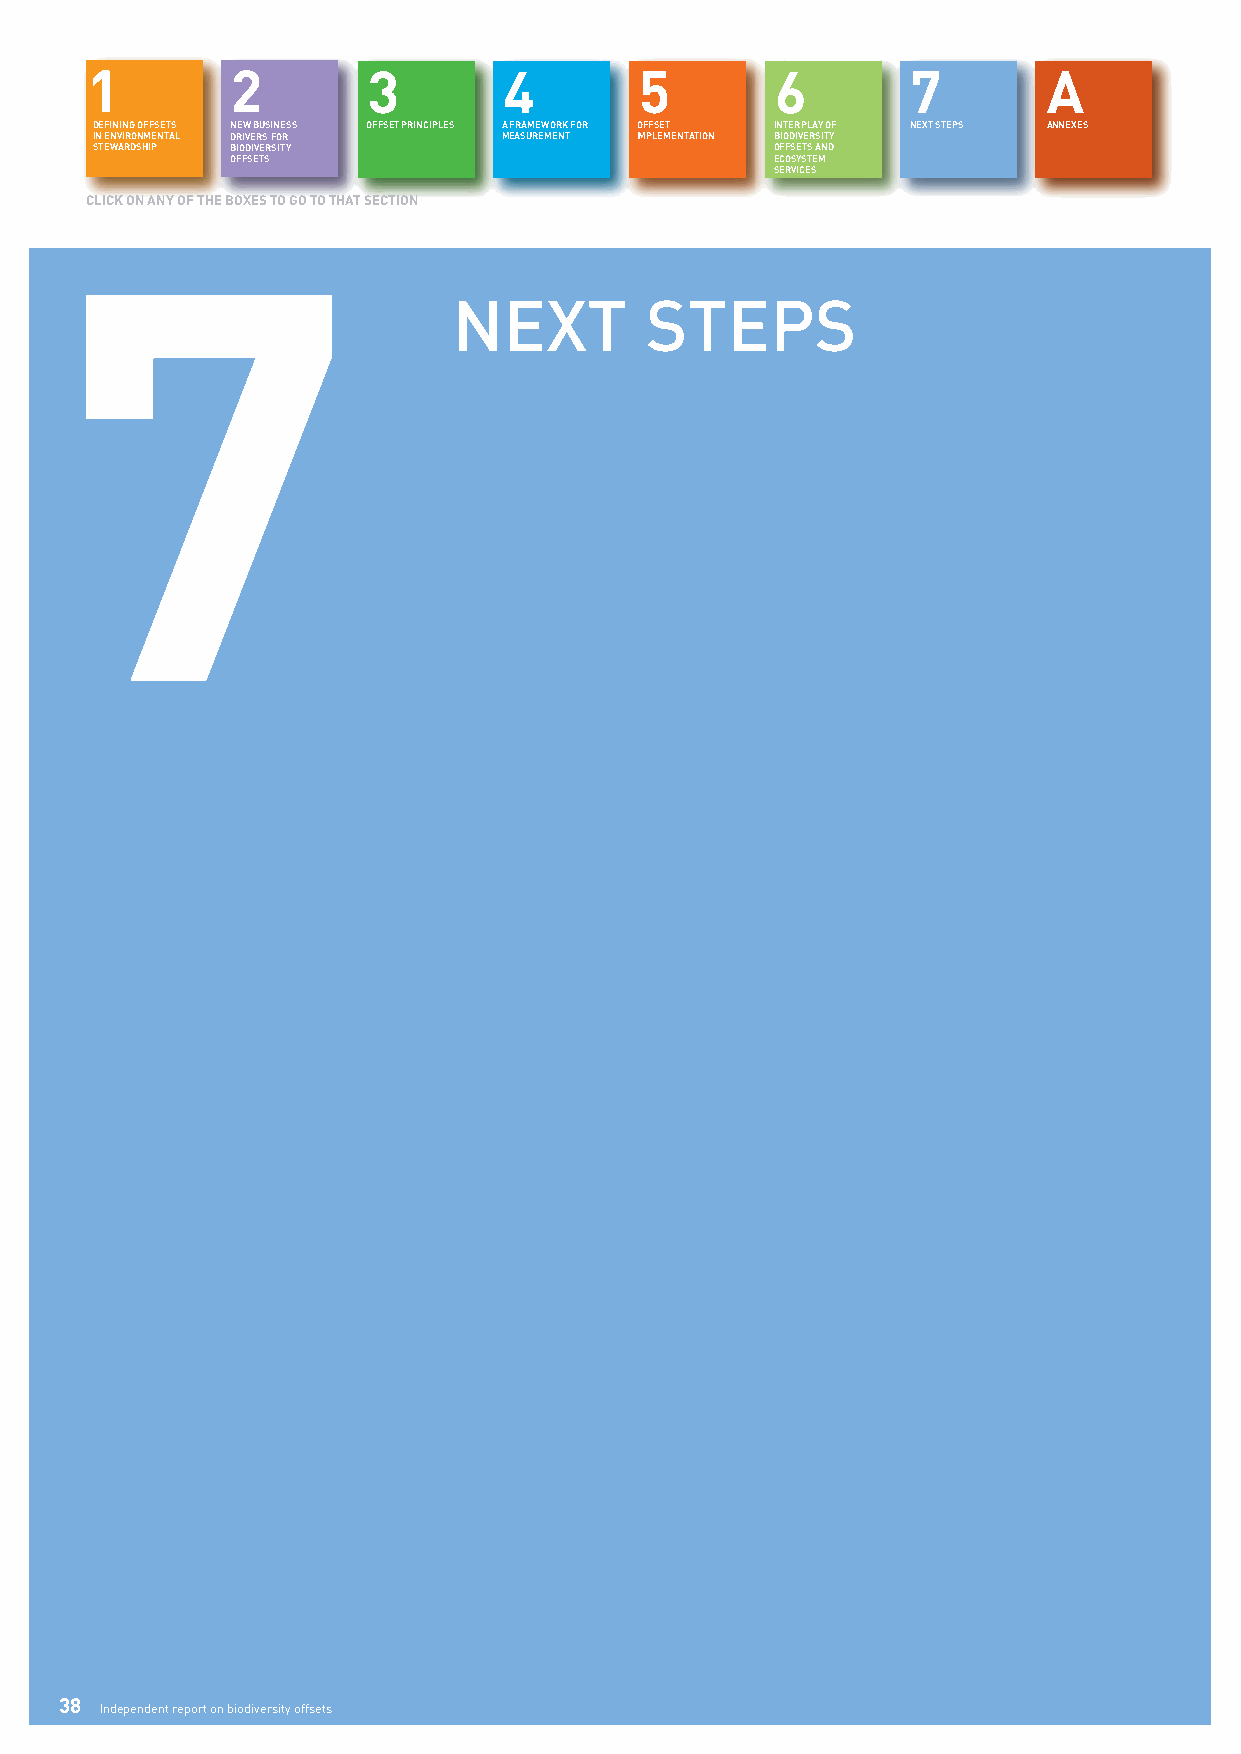
1        2        3        4        5        6        7        A
 DEFINING OFFSETS NEW BUSINESS OFFSET PRINCIPLES A FRAMEWORK FOR OFFSET INTERPLAY OF NEXT STEPS ANNEXES
 IN ENVIRONMENTAL DRIVERS FOR MEASUREMENT IMPLEMENTATION BIODIVERSITY
 7STEWARDSHIP BIODIVERSITY                      OFFSETS AND
 OFFSETS                             ECOSYSTEM
 SERVICES
 CLICK ON ANY OF THE BOXES TO GO TO THAT SECTION
 NEXT         STEPS
 38
 Independent report on biodiversity offsets